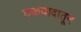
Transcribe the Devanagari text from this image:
छळवादातून